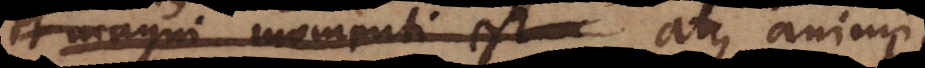
et magni momenti est atque animi